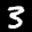
Label: 3